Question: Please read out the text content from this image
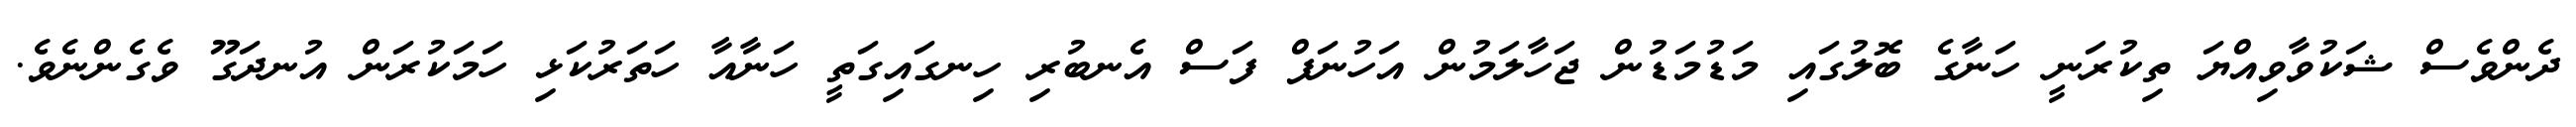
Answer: ދެންވެސް ޝަކުވާވިއްޔަ ތިކުރަނީ ހަނާގެ ބޮލުގައި މަޑުމަޑުން ޖަހާލަމުން އަހުނަފް ފަސް އެނބުރި ހިނގައިގަތީ ހަނާއާ ހަތަރުކަޅި ހަމަކުރަން އުނދަގޫ ވެގެންނެވެ.